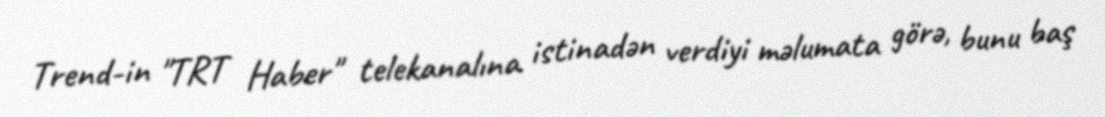
Trend-in "TRT Haber" telekanalına istinadən verdiyi məlumata görə, bunu baş